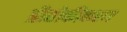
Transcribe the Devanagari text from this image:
प्रौद्योकीकरण